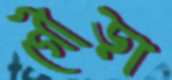
গৌড়া